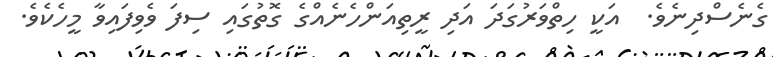
ގެނެސްދިނެވެ.  އަކީ ހިތްވަރުގަދަ އަދި ރީތިއަންހެނެއްގެ ގޮތުގައި ސިފަ ވެވިފައިވާ މީހެކެވެ.